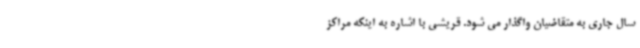
سال جاری به متقاضیان واگذار می شود. قریشی با اشاره به اینکه مراکز